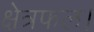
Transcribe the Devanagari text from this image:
क्षेत्रफल।